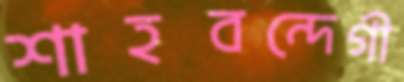
শাহবন্দেগী